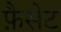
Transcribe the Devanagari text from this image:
फ़ैसेट